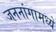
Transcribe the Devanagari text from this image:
जननांगामध्ये